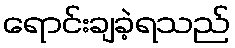
ရောင်းချခဲ့ရသည်